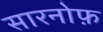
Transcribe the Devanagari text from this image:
सारनोफ़